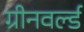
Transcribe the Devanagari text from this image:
ग्रीनवर्ल्ड